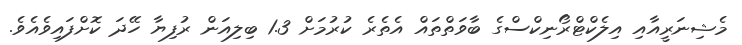
މެޝިނަރީއާއި އިލެކްޓްރޯނިކްސްގެ ބާވަތްތައް އެތެރެ ކުރުމަށް 1.3 ބިލިއަން ރުފިޔާ ހޭދަ ކޮށްފައިވެއެވެ.